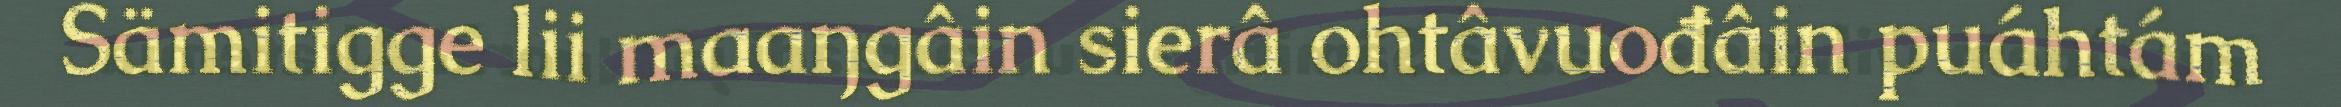
Sämitigge lii maaŋgâin sierâ ohtâvuođâin puáhtám